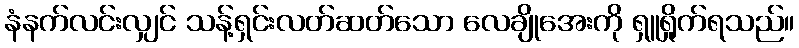
နံနက်လင်းလျှင် သန့်ရှင်းလတ်ဆတ်သော လေချိုအေးကို ရှူရှိုက်ရသည်။